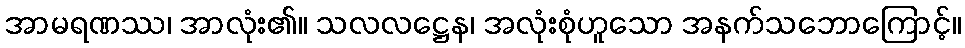
အာမရဏဿ၊ အာလုံး၏။ သလလဋ္ဌေန၊ အလုံးစုံဟူသော အနက်သဘောကြောင့်။